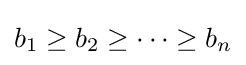
b_{1}\geq b_{2}\geq \cdots \geq b_{n}